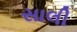
સાલી